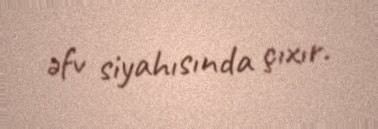
əfv siyahısında çıxır.